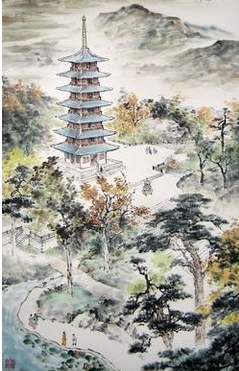
秋色从西来，苍然满关中。